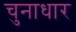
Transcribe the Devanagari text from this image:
चुनाधार